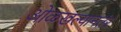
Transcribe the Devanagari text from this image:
ओळखल्यानतंर